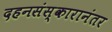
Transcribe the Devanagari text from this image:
दहनसंस्कारानंतर